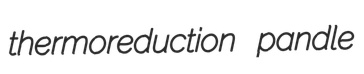
thermoreduction pandle